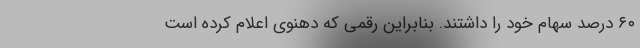
۶۰ درصد سهام خود را داشتند. بنابراین رقمی که دهنوی اعلام کرده است